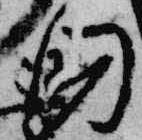
国